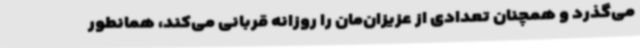
می‌گذرد و همچنان تعدادی از عزیزان‌مان را روزانه قربانی می‌کند، همانطور